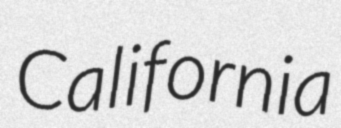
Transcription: California